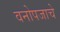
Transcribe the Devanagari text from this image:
वनोपजाचे